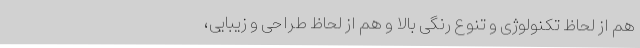
هم از لحاظ تکنولوژی و تنوع رنگی بالا و هم از لحاظ طراحی و زیبایی،